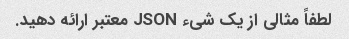
لطفاً مثالی از یک شیء JSON معتبر ارائه دهید.